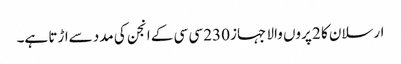
ارسلان کا 2 پروں والا جہاز 230 سی سی کے انجن کی مدد سےاڑتا ہے۔